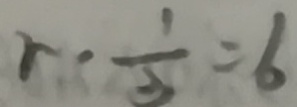
r \cdot \frac { 1 } { 3 } = 6